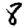
Digit: 8